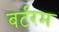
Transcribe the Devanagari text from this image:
बर्टरम